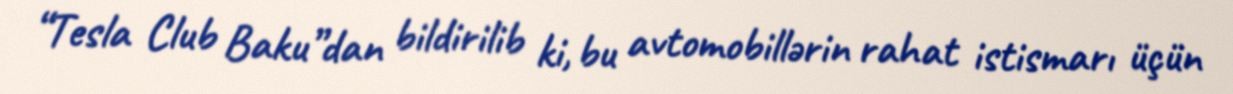
“Tesla Club Baku”dan bildirilib ki, bu avtomobillərin rahat istismarı üçün